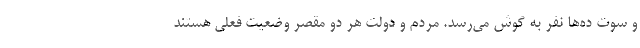
و سوت ده‌ها نفر به گوش می‌رسد. مردم و دولت هر دو مقصر وضعیت فعلی هستند